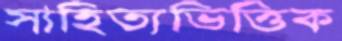
সাহিত্যভিত্তিক